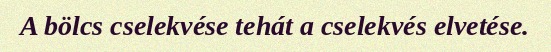
A bölcs cselekvése tehát a cselekvés elvetése.